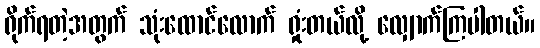
ရိုက်ရတဲ့အတွက် သုံးထောင်လောက် ရှုံးတယ်လို့ လျှောက်ကြပါတယ်။